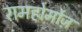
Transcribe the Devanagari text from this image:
रामहोर्मोज़